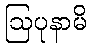
ဩပုနာမိ